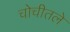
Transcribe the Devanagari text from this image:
चोचीतले